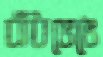
বাঁধভেঙে